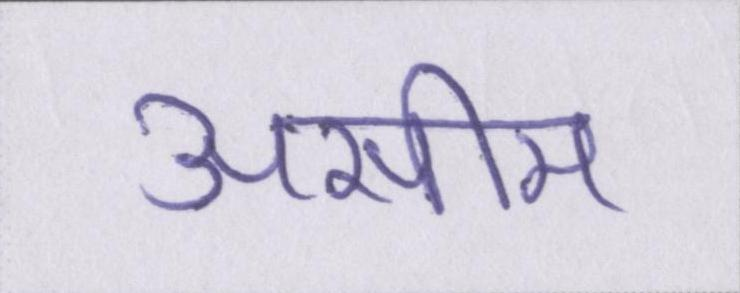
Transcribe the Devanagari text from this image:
असीम